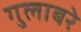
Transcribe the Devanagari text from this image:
गुलाबरे